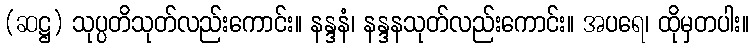
(ဆဋ္ဌ) သုပ္ပတိသုတ်လည်းကောင်း။ နန္ဒနံ၊ နန္ဒနသုတ်လည်းကောင်း။ အပရေ၊ ထိုမှတပါး။